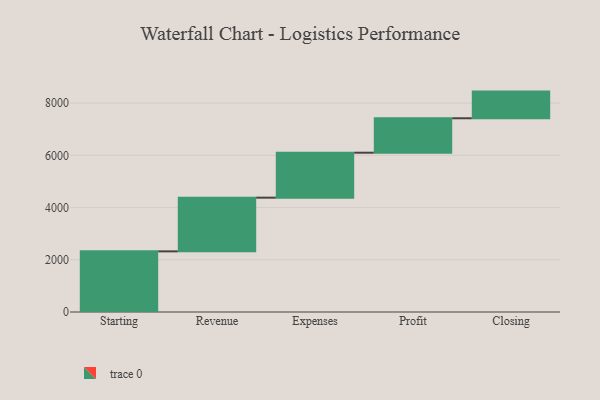
{"axis": {"x": "Step", "y": "Value"}, "legend": [""], "data": [{"x": "Starting", "y": 2322.0, "type": ""}, {"x": "Revenue", "y": 2056.0, "type": ""}, {"x": "Expenses", "y": 1722.0, "type": ""}, {"x": "Profit", "y": 1319.0, "type": ""}, {"x": "Closing", "y": 1021.0, "type": ""}]}